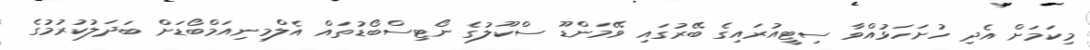
މިކަމަށް އެދި ހުށަހަޅުއްވާ ސިޓީއުރައިގެ ބޭރުގައި ވޭމަންޑޫ ސްކޫލުގެ ނޯޓިސްބޯޑުތައް އެލްމިނިއަމްބޯޑަށް ބަދަލުކުރުމުގެ